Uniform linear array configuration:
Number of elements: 24
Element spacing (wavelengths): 0.5
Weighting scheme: cosine
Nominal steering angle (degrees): -30
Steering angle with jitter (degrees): -28.476
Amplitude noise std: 0.05
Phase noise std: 0.05

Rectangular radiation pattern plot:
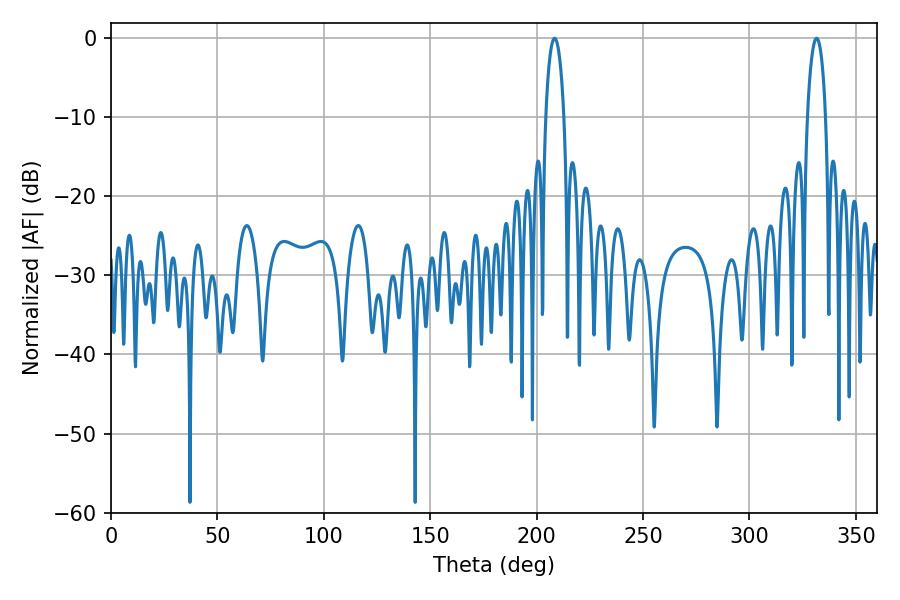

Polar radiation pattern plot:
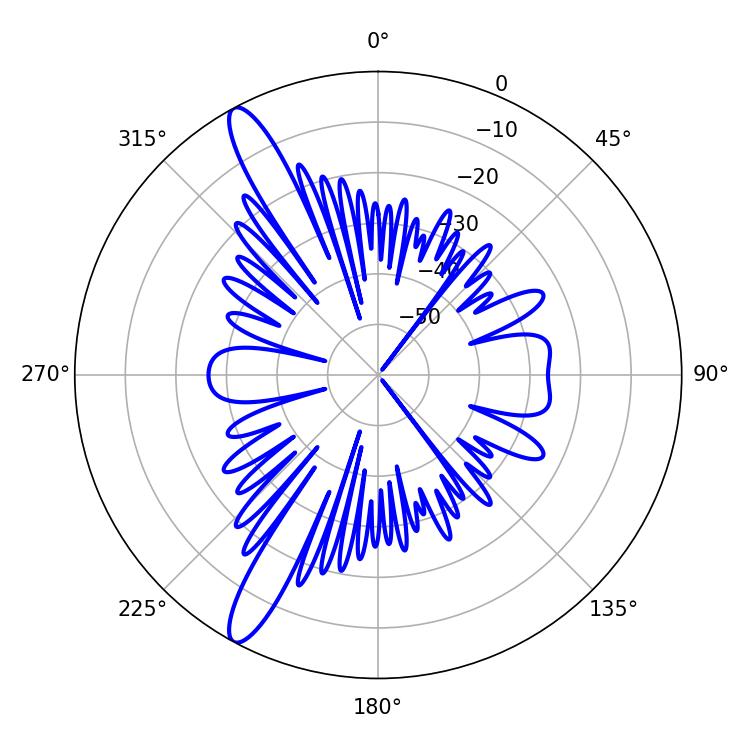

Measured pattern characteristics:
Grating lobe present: FALSE
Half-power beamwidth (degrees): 4.86
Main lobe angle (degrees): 208.44